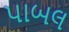
પાબલ